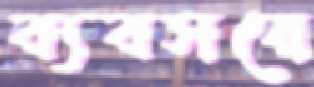
ব্যবসয়ে